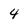
Character: 4